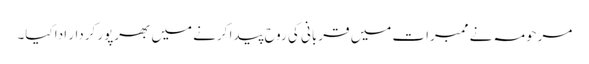
مرحومہ نے ممبرات میں قربانی کی روح پیدا کرنے میں بھرپور کردار ادا کیا۔